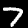
Label: 7